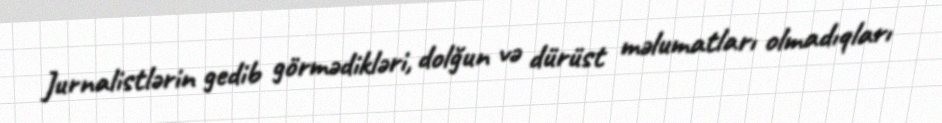
Jurnalistlərin gedib görmədikləri, dolğun və dürüst məlumatları olmadıqları